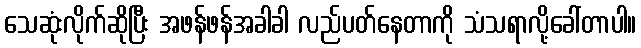
သေဆုံးလိုက်ဆိုပြီး အဖန်ဖန်အခါခါ လည်ပတ်နေတာကို သံသရာလို့ခေါ်တာပါ။